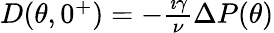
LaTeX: \begin{array}{r}{D(\theta,0^{+})=-\frac{\imath\gamma}{\nu}\Delta P(\theta)}\end{array}